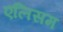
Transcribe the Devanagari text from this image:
एलिसम